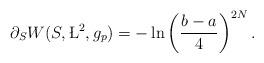
LaTeX: \begin{align*}\partial_{S} W (S,\L^{2},g_{p}) = -\ln\left( {b-a\over 4}\right)^{2N} .\end{align*}